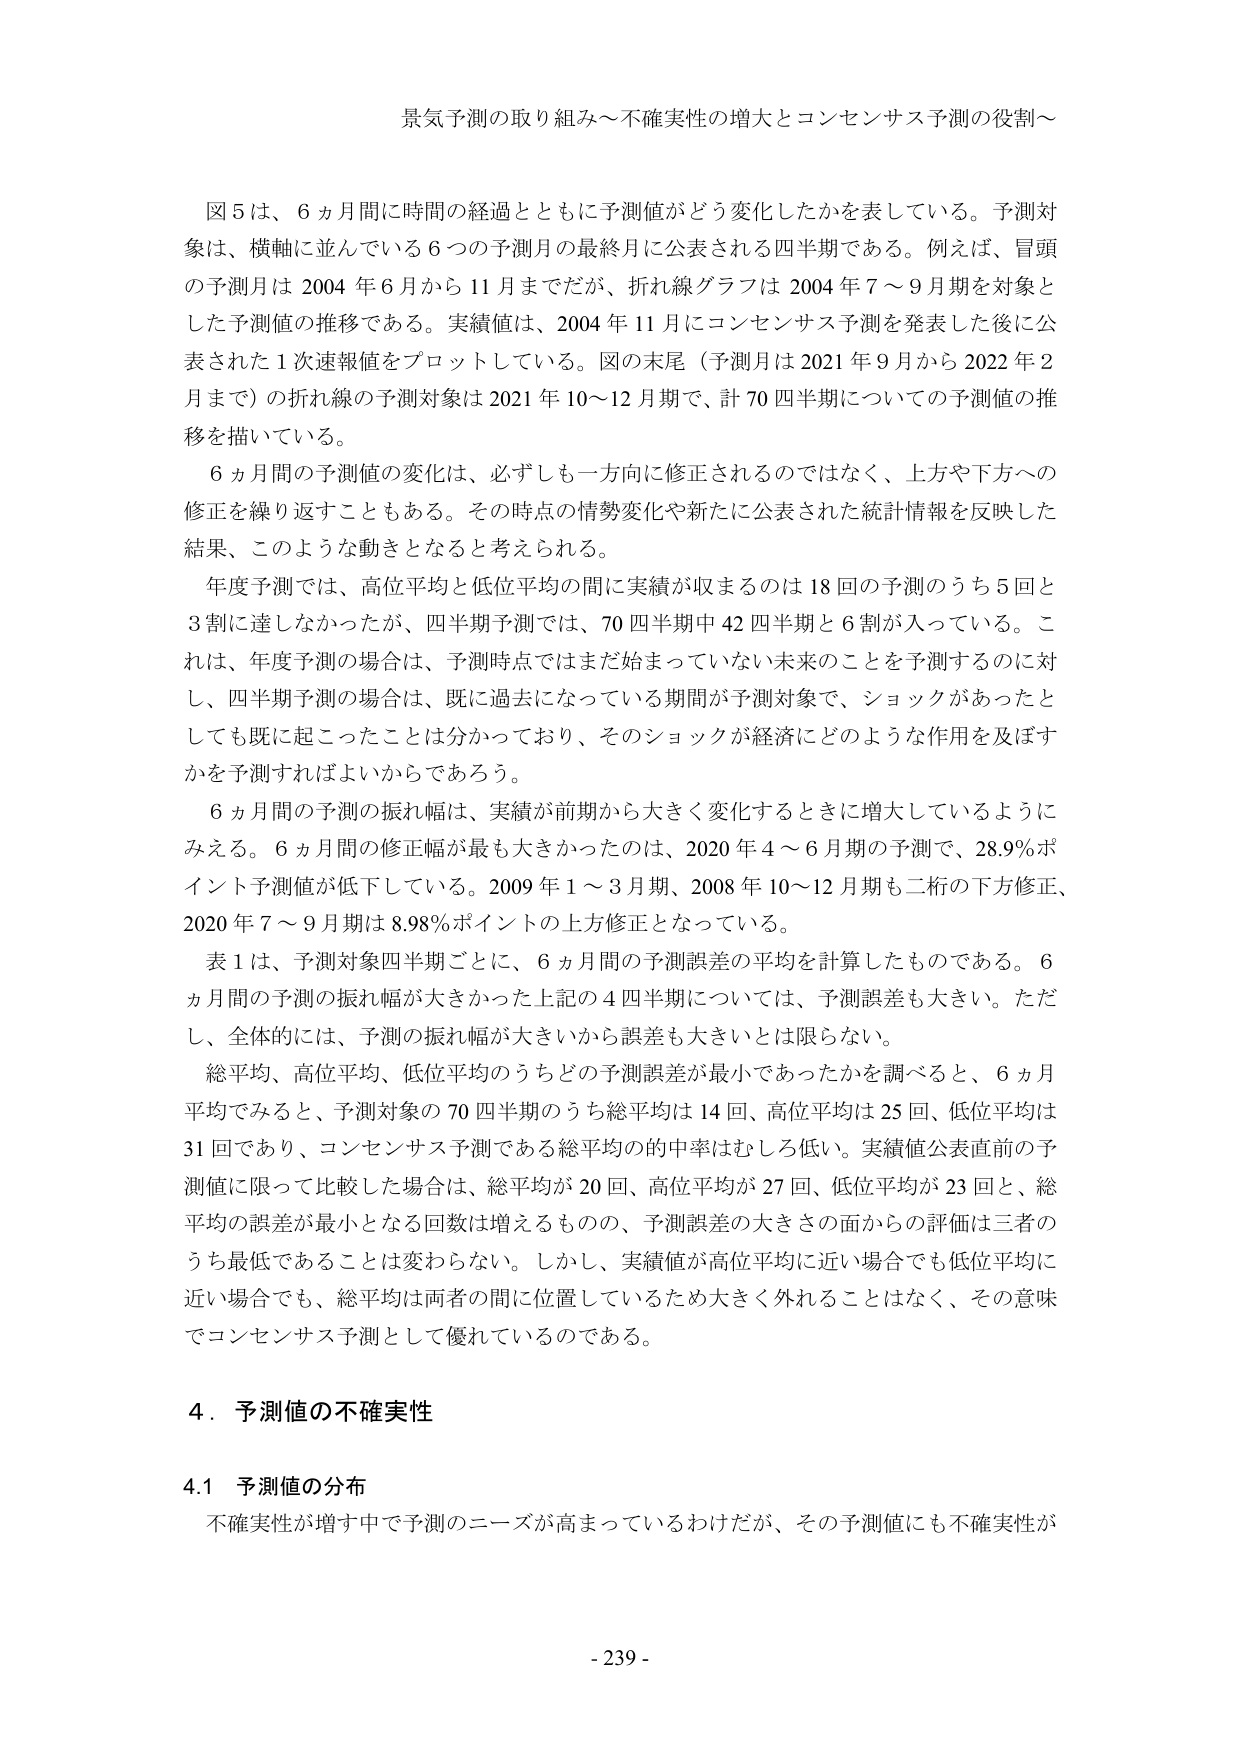
景気予測の取り組み～不確実性の増大とコンセンサス予測の役割～

図５は、６ヵ月間に時間の経過とともに予測値がどう変化したかを表している。予測対象は、横軸に並んでいる６つの予測月の最終月に公表される四半期である。例えば、冒頭の予測月は 2004 年６月から 11 月までだが、折れ線グラフは 2004 年７～９月期を対象とした予測値の推移である。実績値は、2004 年 11 月にコンセンサス予測を発表した後に公表された１次速報値をプロットしている。図の末尾（予測月は 2021 年９月から 2022 年２月まで）の折れ線の予測対象は 2021 年 10～12 月期で、計 70 四半期についての予測値の推移を描いている。

６ヵ月間の予測値の変化は、必ずしも一方向に修正されるのではなく、上方や下方への修正を繰り返すこともある。その時点の情勢変化や新たに公表された統計情報を反映した結果、このような動きとなると考えられる。

年度予測では、高位平均と低位平均の間に実績が収まるのは 18 回の予測のうち 5 回と 3 割に達しなかったが、四半期予測では、70 四半期中 42 四半期と 6 割が入っている。これは、年度予測の場合は、予測時点ではまだ始まっていない未来のことを予測するのに対し、四半期予測の場合は、既に過去になっている期間が予測対象で、ショックがあったとしても既に起こったことは分かっており、そのショックが経済にどのような作用を及ぼすかを予測すればよいからであろう。

６ヵ月間の予測の振れ幅は、実績が前期から大きく変化するときに増大しているようにみえる。６ヵ月間の修正幅が最も大きかったのは、2020 年４～６月期の予測で、28.9％ポイント予測値が低下している。2009 年１～３月期、2008 年 10～12 月期も二桁の下方修正、2020 年７～９月期は 8.98％ポイントの上方修正となっている。

表１は、予測対象四半期ごとに、６ヵ月間の予測誤差の平均を計算したものである。６ヵ月間の予測の振れ幅が大きかった上記の４四半期については、予測誤差も大きい。ただし、全体的には、予測の振れ幅が大きいから誤差も大きいとは限らない。

総平均、高位平均、低位平均のうちどの予測誤差が最小であったかを調べると、６ヵ月平均でみると、予測対象の 70 四半期のうち総平均は 14 回、高位平均は 25 回、低位平均は 31 回であり、コンセンサス予測である総平均の的中率はむしろ低い。実績値公表直前の予測値に限って比較した場合は、総平均が 20 回、高位平均が 27 回、低位平均が 23 回と、総平均の誤差が最小となる回数は増えるものの、予測誤差の大きさの面からの評価は三者のうち最低であることは変わらない。しかし、実績値が高位平均に近い場合でも低位平均に近い場合でも、総平均は両者の間に位置しているため大きく外れることはなく、その意味でコンセンサス予測として優れているのである。

４．予測値の不確実性

4.1 予測値の分布

不確実性が増す中で予測のニーズが高まっているわけだが、その予測値にも不確実性が

- 239 -